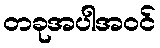
တခုအပါအဝင်